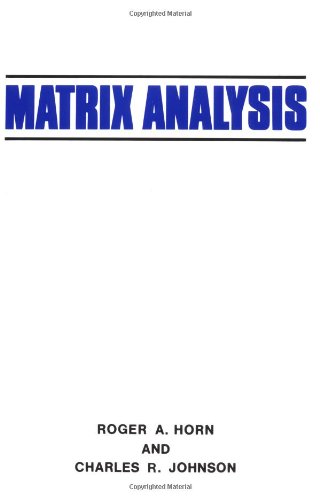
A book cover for Matrix Analysis; Roger A. Horn; Science & Math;